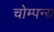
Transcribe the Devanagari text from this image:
चोम्पन्य